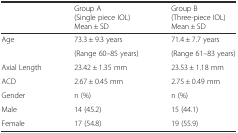
|  | Group A(Single piece IOL)Mean ± SD | Group B(Three-piece IOL)Mean ± SD |
 | --- | --- | --- |
 | <ROWSPAN=2> Age | 73.3 ± 9.3 years | 71.4 ± 7.7 years |
 | (Range 60–85 years) | (Range 61–83 years) |
 | Axial Length | 23.42 ± 1.35 mm | 23.53 ± 1.18 mm |
 | ACD | 2.67 ± 0.45 mm | 2.75 ± 0.49 mm |
 | Gender | n (%) | n (%) |
 | Male | 14 (45.2) | 15 (44.1) |
 | Female | 17 (54.8) | 19 (55.9) |